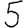
Digit: 5